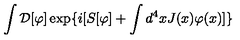
\int { \cal D } [ \varphi ] \exp \{ i [ S [ \varphi ] + \int d ^ { 4 } x J ( x ) \varphi ( x ) ] \}